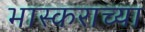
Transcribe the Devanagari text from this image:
भास्कराच्या